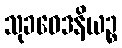
သုခဝေဒနိယဉ္စ